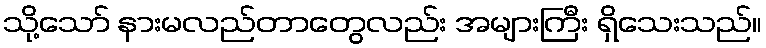
သို့သော် နားမလည်တာတွေလည်း အများကြီး ရှိသေးသည်။